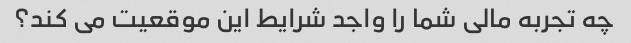
چه تجربه مالی شما را واجد شرایط این موقعیت می کند؟